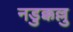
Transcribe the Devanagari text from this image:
नडुक्कल्लु